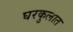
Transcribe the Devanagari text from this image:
घरकुलात